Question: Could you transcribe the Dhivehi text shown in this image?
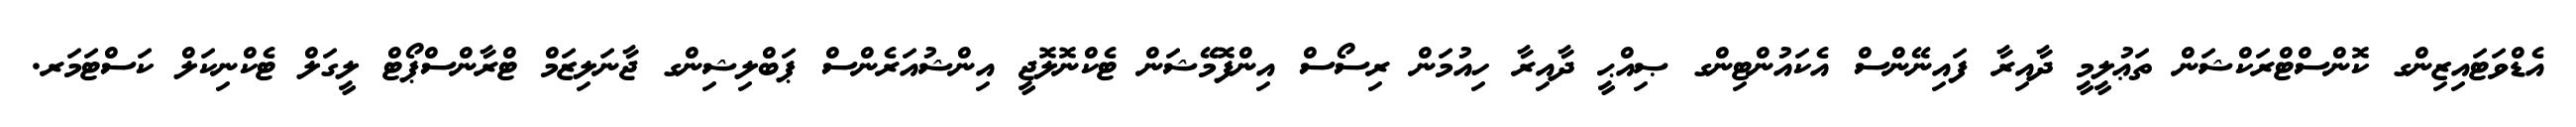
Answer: އެޑްވަޓައިޒިންގ ކޮންސްޓްރަކްޝަން ތަޢުލީމީ ދާއިރާ ފައިނޭންސް އެކައުންޓިންގ ޞިއްޙީ ދާއިރާ ހިއުމަން ރިސޯސް އިންފޮމޭޝަން ޓެކްނޮލޮޖީ އިންޝުއަރެންސް ޕަބްލިޝިންގ ޖާނަލިޒަމް ޓްރާންސްޕޯޓް ލީގަލް ޓެކްނިކަލް ކަސްޓަމަރ.